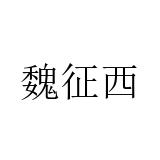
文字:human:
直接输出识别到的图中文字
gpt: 魏征西